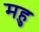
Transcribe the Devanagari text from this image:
महु